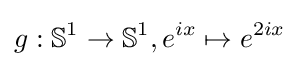
g:\mathbb {S} ^{1}\rightarrow \mathbb {S} ^{1},e^{ix}\mapsto e^{2ix}